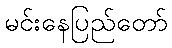
မင်းနေပြည်တော်